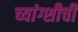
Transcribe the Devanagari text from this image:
च्यांग्शीची